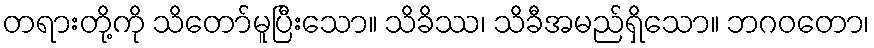
တရားတို့ကို သိတော်မူပြီးသော။ သိခိဿ၊ သိခီအမည်ရှိသော။ ဘဂဝတော၊